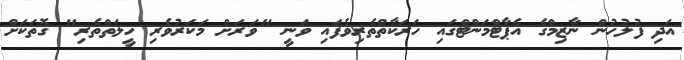
އަދި ފުލުހުން ނާޒިމްގެ އެޕާޓްމަންޓްގައި ހަރަކާތްތެރިވެފައި ވަނީ "ވަރަށް މަކަރުވެރި ހީލަތްތެރި" ގޮތަކަށް